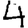
Digit: 4